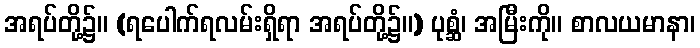
အရပ်တို့၌။ (ရပေါက်ရလမ်းရှိရာ အရပ်တို့၌။) ပုစ္ဆံ၊ အမြီးကို။ စာလယမာနာ၊